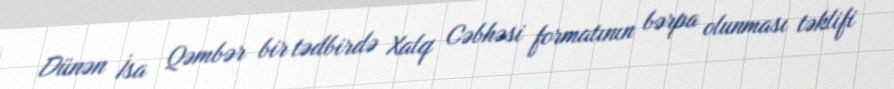
Dünən İsa Qəmbər bir tədbirdə Xalq Cəbhəsi formatının bərpa olunması təklifi